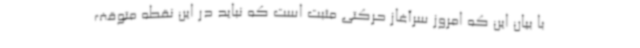
با بیان این که امروز سرآغاز حرکتی مثبت است که نباید در این نقطه متوقف